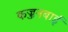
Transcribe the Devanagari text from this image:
कज्जनबाई